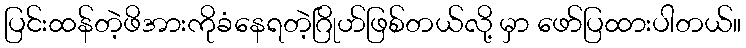
ပြင်းထန်တဲ့ဖိအားကိုခံနေရတဲ့ဂြိုဟ်ဖြစ်တယ်လို့ မှာ ဖော်ပြထားပါတယ်။